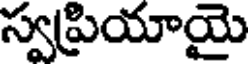
స్వప్రియాయై